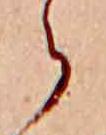
ら